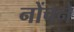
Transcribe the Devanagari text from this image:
नोंचने